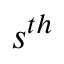
s ^ { t h }